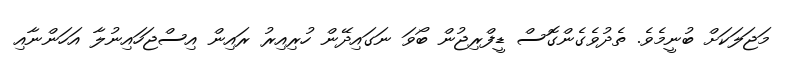
މަޖަލަކަށް ބުނީމެވެ. ތެދުވެގެންގޮސް ޑީފްރިޖުން ބޯވަ ނަގައިދޭން ހުރިއިރު ރައިން އިސްޖަހައިނުލާ އަހަންނާއި